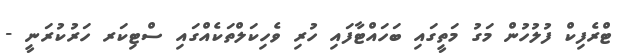
ޓްރެފިކް ފުލުހުން މަގު މަތީގައި ބަހައްޓާފައި ހުރި ވެހިކަލްތަކެއްގައި ސްޓިކަރ ހަރުކުރަނީ -